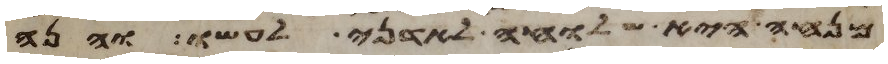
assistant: מנחה היא שלוחה לאדני לעשו והנה